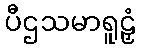
ပီဌသမာရူဠှံ